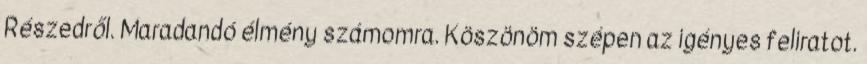
Részedről. Maradandó élmény számomra. Köszönöm szépen az igényes feliratot.